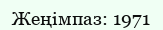
Жеңімпаз: 1971